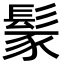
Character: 𩭐